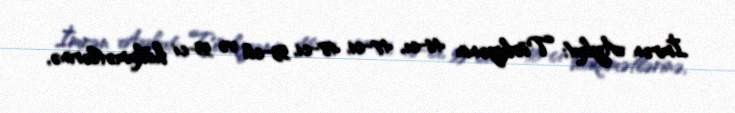
İmrən Aykut; Türkiyənin 46-cı, 47-ci, 48-ci, 53-cü və 55-ci hökumətlərinə,